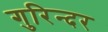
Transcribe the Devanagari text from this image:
गुरिन्दर